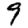
Digit: 9